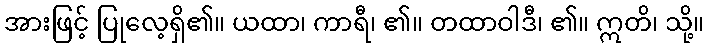
အားဖြင့် ပြုလေ့ရှိ၏။ ယထာ၊ ကာရီ၊ ၏။ တထာဝါဒီ၊ ၏။ ဣတိ၊ သို့။